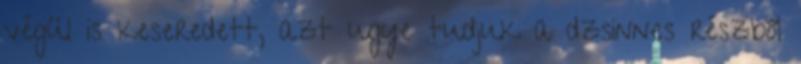
végül is keseredett, azt ugye tudjuk a dzsinnes részből